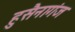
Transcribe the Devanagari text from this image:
हुसैनागंज